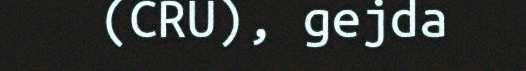
(CRU), gejda